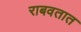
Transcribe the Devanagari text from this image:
राबवतात